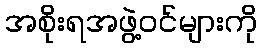
အစိုးရအဖွဲ့ဝင်များကို